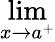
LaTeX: \operatorname*{lim}_{x\to a^{+}}